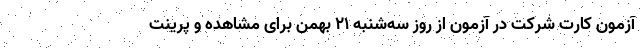
آزمون کارت‌ شرکت در آزمون‌ از روز سه­‌شنبه ۲۱ بهمن برای مشاهده و پرینت